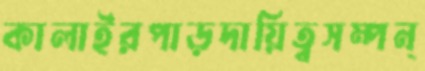
কালাইরপাড়দায়িত্বসম্পন্